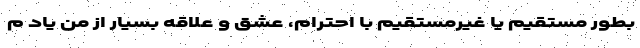
بطور مستقیم یا غیرمستقیم با احترام، عشق و علاقه بسیار از من یاد م